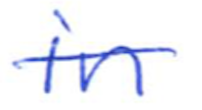
Text: in
Cross-out: single-line
Writing tool: ballpoint